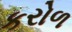
કરોળ